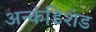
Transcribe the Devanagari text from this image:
अन्कंडिशंड